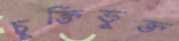
চুক্তিভুক্ত